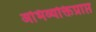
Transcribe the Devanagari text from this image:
अभिव्यक्तिप्राप्त